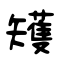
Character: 矱